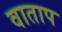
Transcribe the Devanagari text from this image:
वाताप